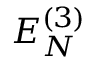
E _ { N } ^ { ( 3 ) }